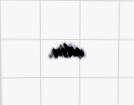
edin.